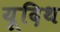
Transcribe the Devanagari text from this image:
यूदिथ